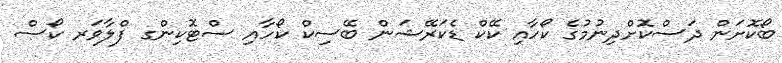
ބޯކޮށަން ދަސްކޮށްދިނުމުގެ ކޯހާއި ކޭކް ޑެކަރޭޝަން ބޭސިކް ކޯހާއި ސްޓޮކިންގ ފްލާވަރ ކޯސް